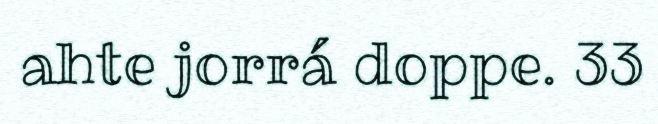
ahte jorrá doppe. 33